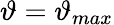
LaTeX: \vartheta=\vartheta_{max}